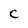
Character: C